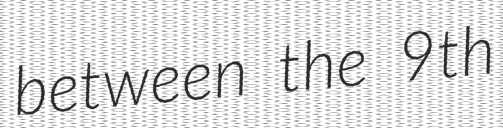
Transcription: between the 9th